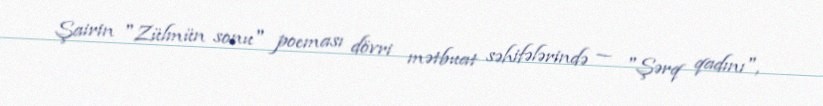
Şairin "Zülmün sonu" poeması dövri mətbuat səhifələrində — "Şərq qadını",